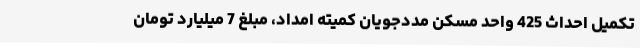
تکمیل احداث 425 واحد مسکن مددجویان کمیته امداد، مبلغ 7 میلیارد تومان